38_143685_box_Incident_Summaries_173-233
Agency: Department of War
Page 80
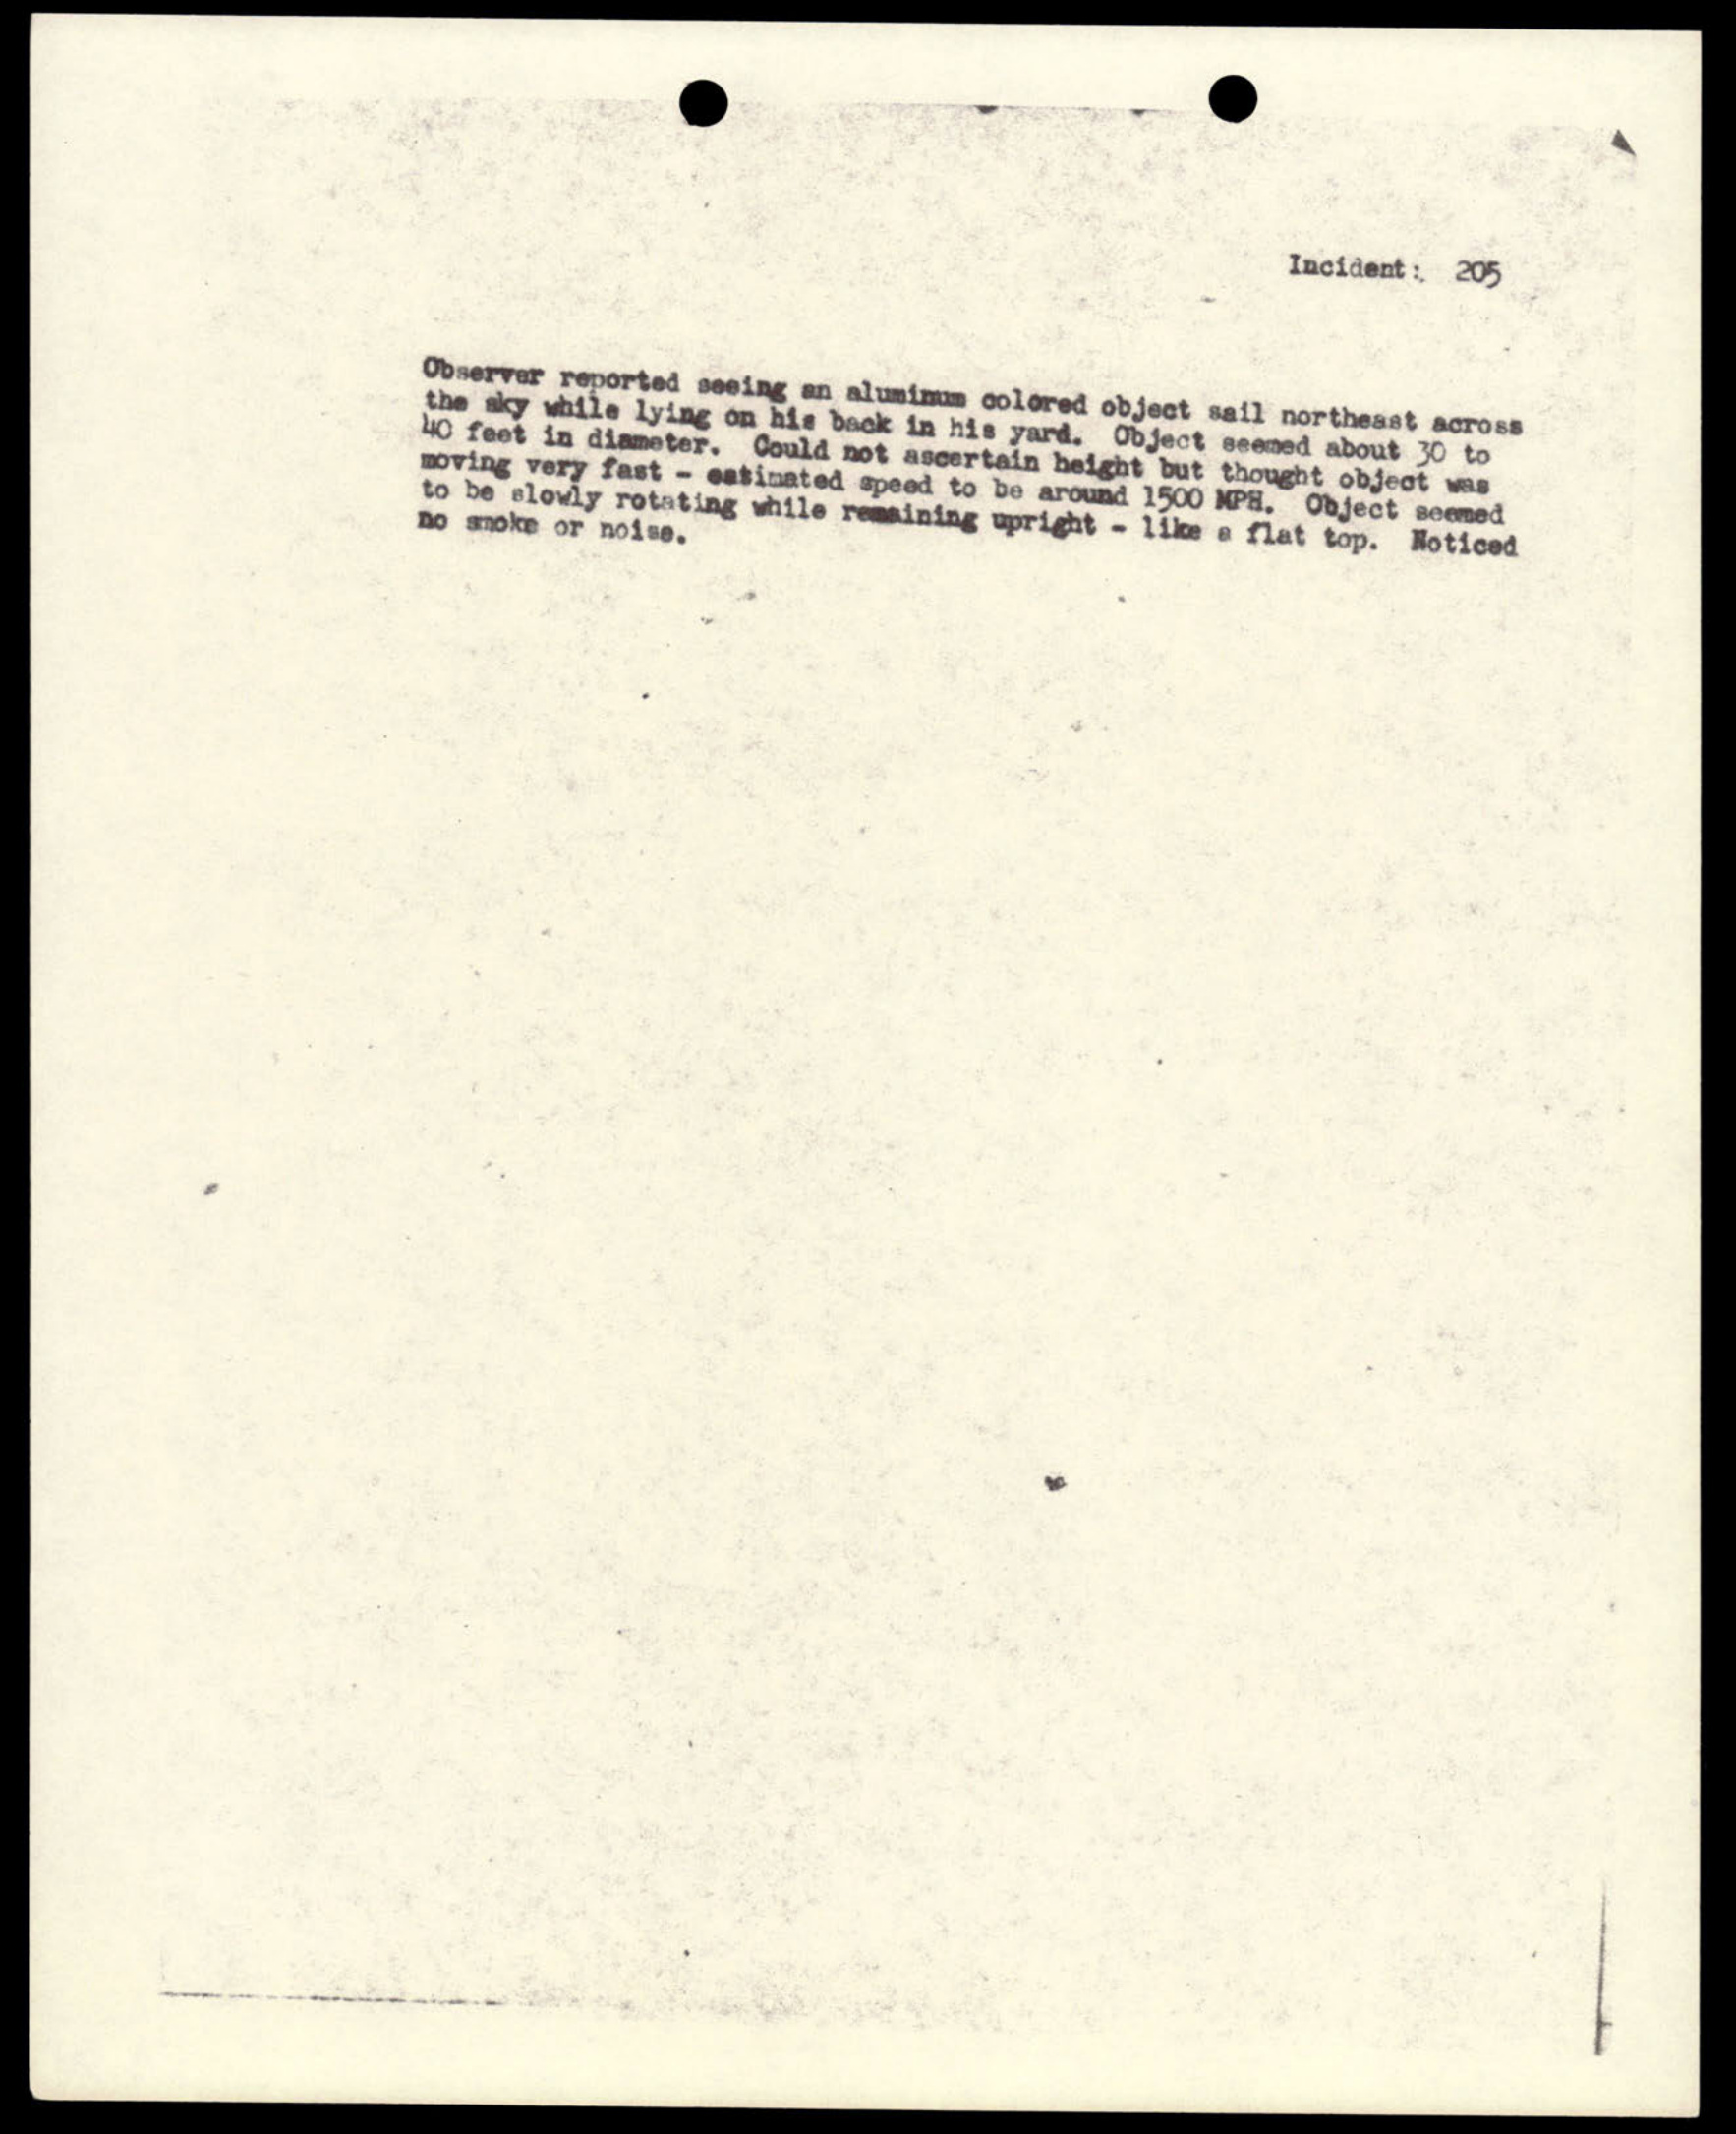